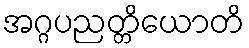
အဂ္ဂပညတ္တိယောတိ